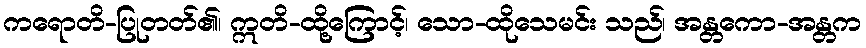
ကရောတိ-ပြုတတ်၏၊ ဣတိ-ထို့ကြောင့်၊ သော-ထိုသေမင်း သည်၊ အန္တကော-အန္တက